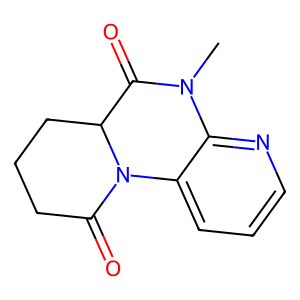
SMILES: CN1C(=O)C2CCCC(=O)N2c2cccnc21
Inhibits HIV replication: No